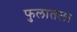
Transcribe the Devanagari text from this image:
फुलातला